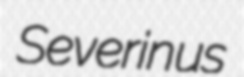
Severinus